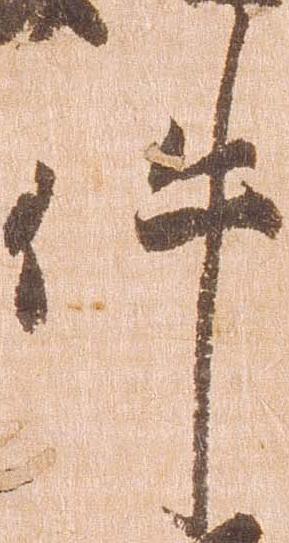
件